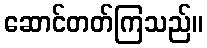
ဆောင်တတ်ကြသည်။